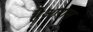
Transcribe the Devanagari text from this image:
हैआराम